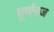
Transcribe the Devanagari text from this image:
घूर्णनज